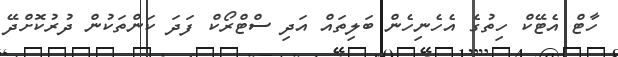
ހާޓް އެޓޭކް ހިތުގެ އެހެނިހެން ބަލިތައް އަދި ސްޓްރޯކް ފަދަ ކަންތަކުން ދުރުކޮށްދޭ